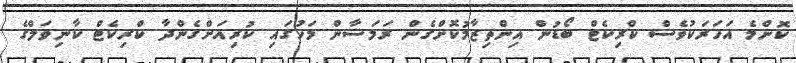
ކޮންމެ އަހަރަކުވެސް ކްރިކެޓް ބޯޑުން އިންތިޒާމުކޮށްގެން ރަމަޟާން މަހުގައި ކުރިއަށްގެންދާ ކްރިކެޓް ކާނިވަލްގެ